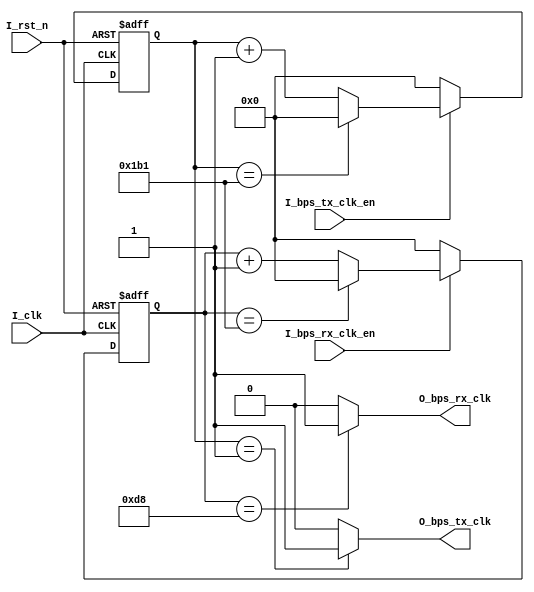
`timescale 1ns / 1ps
//////////////////////////////////////////////////////////////////////////////////
// Company: 
// Engineer: 
// 
// Design Name: 
// Module Name: baudrate_gen
// Project Name: 
// Target Devices: 
// Tool Versions: 
// Description: 
// 
// Dependencies: 
// 
// Revision:
// Revision 0.01 - File Created
// Additional Comments:
// 
//////////////////////////////////////////////////////////////////////////////////


module baudrate_gen
(
    input   I_clk                  , // System 50MHz clk
    input   I_rst_n                , // Reset
    input   I_bps_tx_clk_en        , // Transmit Enable
    input   I_bps_rx_clk_en        , // Receive Enable
    output  O_bps_tx_clk           , // 
    output  O_bps_rx_clk             // 
);

parameter       C_BPS9600          = 5207     ,
                        C_BPS19200        = 2603     ,   
                        C_BPS38400        = 1301      ,    
                        C_BPS57600        = 867       ,    
                        C_BPS115200       = 433       ;    
                
parameter       C_BPS_SELECT      = C_BPS115200  ;
                

reg [12:0]  R_bps_tx_cnt;
reg [12:0]  R_bps_rx_cnt;

///////////////////////////////////////////////////////////    
// transmit
///////////////////////////////////////////////////////////
always @(posedge I_clk or negedge I_rst_n)
begin
    if(!I_rst_n)
        R_bps_tx_cnt <= 13'd0 ;
    else if(I_bps_tx_clk_en == 1'b1)
        begin
            if(R_bps_tx_cnt == C_BPS_SELECT)
                R_bps_tx_cnt <= 13'd0 ;
            else
                R_bps_tx_cnt <= R_bps_tx_cnt + 1'b1 ;                 
        end    
    else
        R_bps_tx_cnt <= 13'd0 ;        
end

assign O_bps_tx_clk = (R_bps_tx_cnt == 13'd1) ? 1'b1 : 1'b0 ;

///////////////////////////////////////////////////////////    
// receive
///////////////////////////////////////////////////////////
always @(posedge I_clk or negedge I_rst_n)
begin
    if(!I_rst_n)
        R_bps_rx_cnt <= 13'd0 ;
    else if(I_bps_rx_clk_en == 1'b1)
        begin
            if(R_bps_rx_cnt == C_BPS_SELECT)
                R_bps_rx_cnt <= 13'd0 ;
            else
                R_bps_rx_cnt <= R_bps_rx_cnt + 1'b1 ;                 
        end    
    else
        R_bps_rx_cnt <= 13'd0 ;        
end

assign O_bps_rx_clk = (R_bps_rx_cnt == C_BPS_SELECT >> 1'b1) ? 1'b1 : 1'b0 ;

endmodule